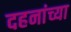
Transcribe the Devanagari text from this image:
दहनांच्या